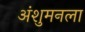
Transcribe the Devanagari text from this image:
अंशुमनला